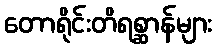
တောရိုင်းတိရစ္ဆာန်များ